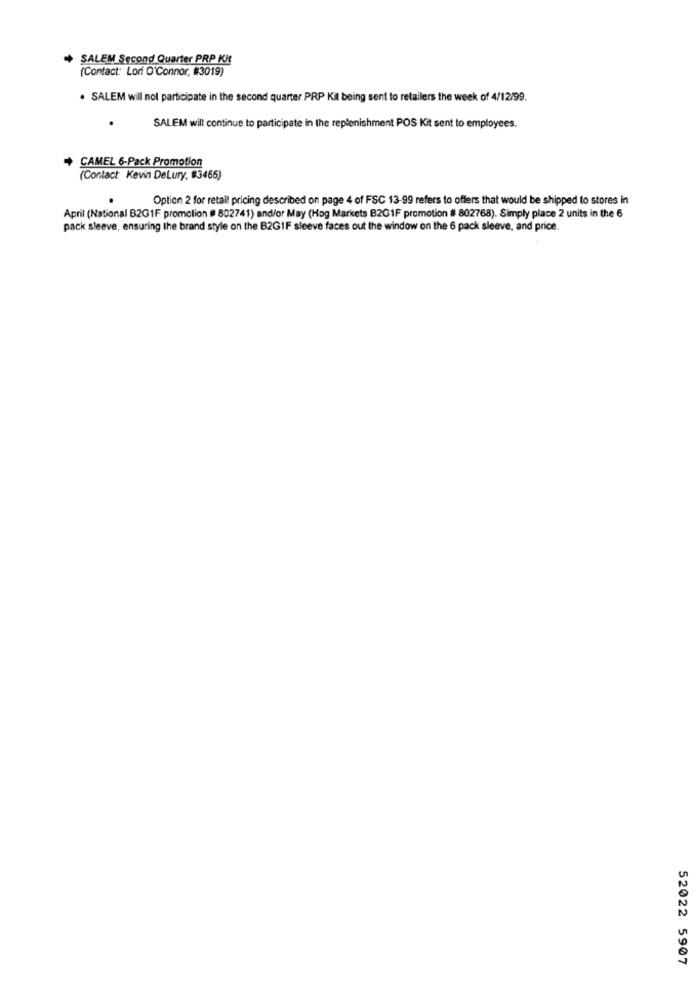
SALEM Second Quarter PRP Kit
(Contact: Lori O'Connor, #3019)
. SALEM will not participate in the second quarter PRP Kit being sent to retailers the week of 4/12/99.
SALEM will continue to participate in the replenishment POS Kit sent to employees.
CAMEL 6-Pack Promotion
(Contact: Kevin DeLury. #3466)
Option 2 for retail pricing described on page 4 of FSC 13-99 refers to offers that would be shipped to stores in
April (National B2G1F promolion # 802741) and/or May (Hog Markets B2GIF promotion # 802768). Simply place 2 units in the 6
pack sleeve, ensuring the brand style on the B2GIF sleeve faces out the window on the 6 pack sleeve, and price.
52022 5907